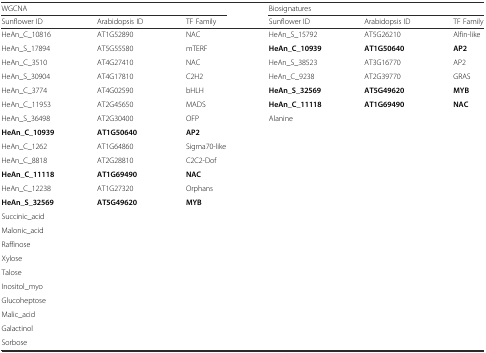
<table><thead><tr><td colspan="3"><b>WGCNA</b></td><td colspan="3"><b>Biosignatures</b></td></tr><tr><td><b>Sunflower ID</b></td><td><b>Arabidopsis ID</b></td><td><b>TF Family</b></td><td><b>Sunflower ID</b></td><td><b>Arabidopsis ID</b></td><td><b>TF Family</b></td></tr></thead><tbody><tr><td>HeAn_C_10816</td><td>AT1G52890</td><td>NAC</td><td>HeAn_S_15792</td><td>AT5G26210</td><td>Alfin-like</td></tr><tr><td>HeAn_S_17894</td><td>AT5G55580</td><td>mTERF</td><td><b>HeAn_C_10939</b></td><td><b>AT1G50640</b></td><td><b>AP2</b></td></tr><tr><td>HeAn_C_3510</td><td>AT4G27410</td><td>NAC</td><td>HeAn_S_38523</td><td>AT3G16770</td><td>AP2</td></tr><tr><td>HeAn_S_30904</td><td>AT4G17810</td><td>C2H2</td><td>HeAn_C_9238</td><td>AT2G39770</td><td>GRAS</td></tr><tr><td>HeAn_C_3774</td><td>AT4G02590</td><td>bHLH</td><td><b>HeAn_S_32569</b></td><td><b>AT5G49620</b></td><td><b>MYB</b></td></tr><tr><td>HeAn_C_11953</td><td>AT2G45650</td><td>MADS</td><td><b>HeAn_C_11118</b></td><td><b>AT1G69490</b></td><td><b>NAC</b></td></tr><tr><td>HeAn_S_36498</td><td>AT2G30400</td><td>OFP</td><td>Alanine</td><td></td><td></td></tr><tr><td><b>HeAn_C_10939</b></td><td><b>AT1G50640</b></td><td><b>AP2</b></td><td></td><td></td><td></td></tr><tr><td>HeAn_C_1262</td><td>AT1G64860</td><td>Sigma70-like</td><td></td><td></td><td></td></tr><tr><td>HeAn_C_8818</td><td>AT2G28810</td><td>C2C2-Dof</td><td></td><td></td><td></td></tr><tr><td><b>HeAn_C_11118</b></td><td><b>AT1G69490</b></td><td><b>NAC</b></td><td></td><td></td><td></td></tr><tr><td>HeAn_C_12238</td><td>AT1G27320</td><td>Orphans</td><td></td><td></td><td></td></tr><tr><td><b>HeAn_S_32569</b></td><td><b>AT5G49620</b></td><td><b>MYB</b></td><td></td><td></td><td></td></tr><tr><td>Succinic_acid</td><td></td><td></td><td></td><td></td><td></td></tr><tr><td>Malonic_acid</td><td></td><td></td><td></td><td></td><td></td></tr><tr><td>Raffinose</td><td></td><td></td><td></td><td></td><td></td></tr><tr><td>Xylose</td><td></td><td></td><td></td><td></td><td></td></tr><tr><td>Talose</td><td></td><td></td><td></td><td></td><td></td></tr><tr><td>Inositol_myo</td><td></td><td></td><td></td><td></td><td></td></tr><tr><td>Glucoheptose</td><td></td><td></td><td></td><td></td><td></td></tr><tr><td>Malic_acid</td><td></td><td></td><td></td><td></td><td></td></tr><tr><td>Galactinol</td><td></td><td></td><td></td><td></td><td></td></tr><tr><td>Sorbose</td><td></td><td></td><td></td><td></td><td></td></tr></tbody></table>